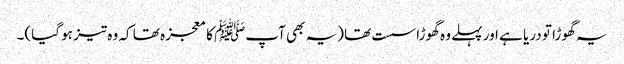
یہ گھوڑا تو دریا ہے اور پہلے وہ گھوڑا سست تھا (یہ بھی آپﷺ کا معجزہ تھا کہ وہ تیز ہو گیا)۔